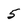
Character: 5